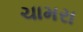
ચામરા